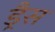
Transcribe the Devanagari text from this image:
ड्रैस